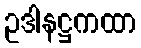
ဥဒါနဋ္ဌကထာ